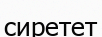
сиретет